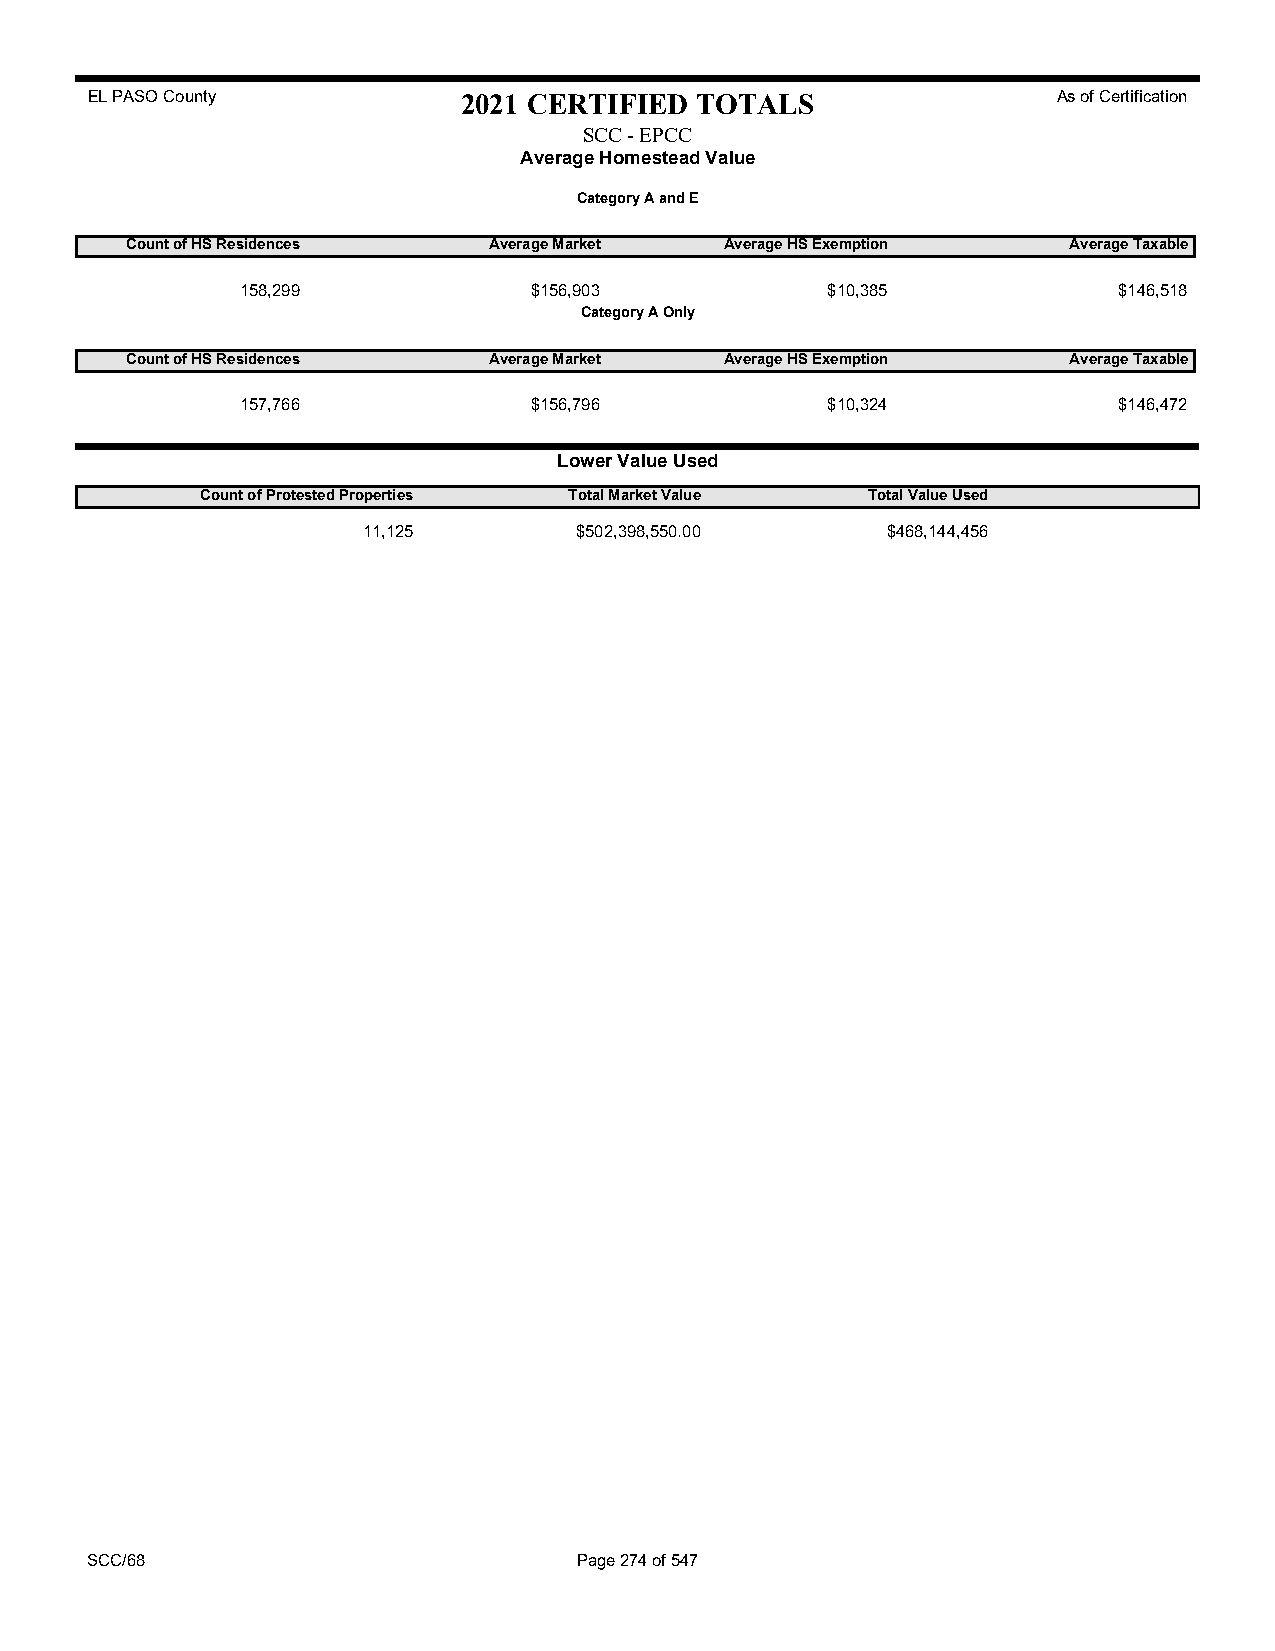
EL PASO County           2021 CERTIFIED TOTALS                  As of Certification
 SCC - EPCC
 Average Homestead Value
 Category A and E
 Count of HS Residences  Average Market  Average HS Exemption   Average Taxable
 158,299            $156,903            $10,385            $146,518
 Category A Only
 Count of HS Residences  Average Market  Average HS Exemption   Average Taxable
 157,766            $156,796            $10,324            $146,472
 Lower Value Used
 Count of Protested Properties Total Market Value Total Value Used
 11,125        $502,398,550.00      $468,144,456
 SCC/68                          Page 274 of 547